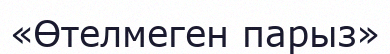
«Өтелмеген парыз»